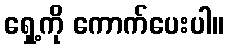
ရှေ့ကို ကောက်ပေးပါ။